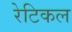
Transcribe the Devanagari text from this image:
रेटिकल